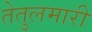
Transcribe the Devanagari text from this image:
तेतुलमारी